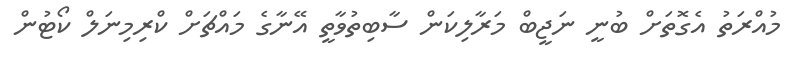
މުއްރަތު އެގޮތަށް ބުނީ ނަޖީބް މަރާލިކަން ސާބިތުވާތީ އޭނާގެ މައްޗަށް ކްރިމިނަލް ކޯޓުން